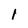
Character: l